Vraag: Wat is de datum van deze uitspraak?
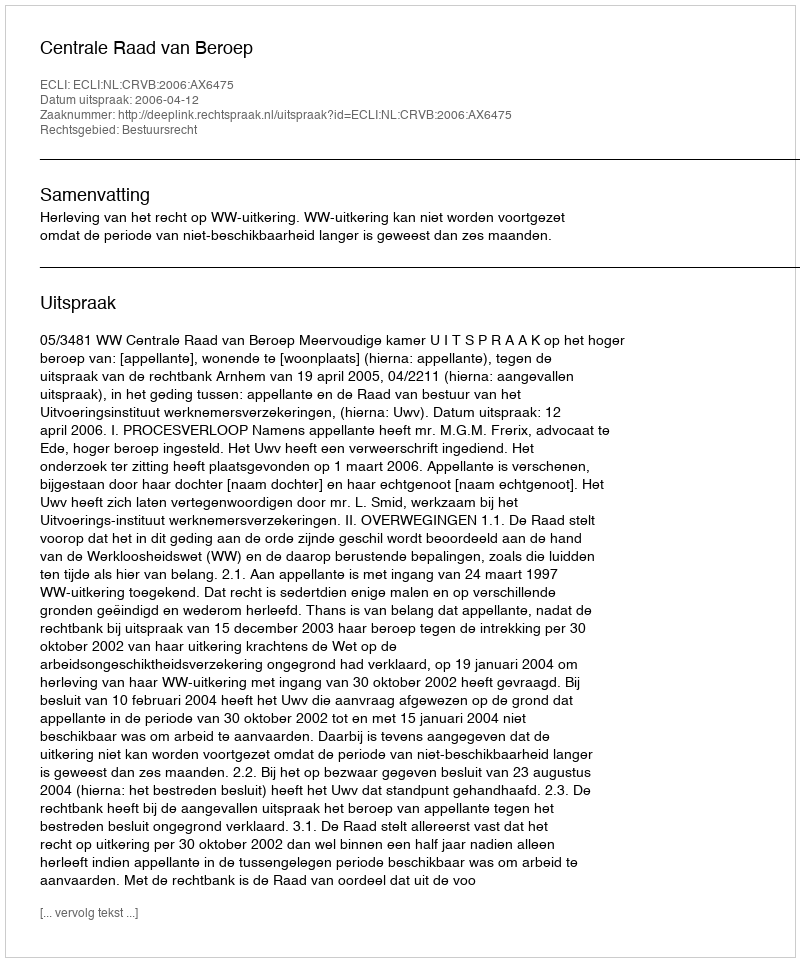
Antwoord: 2006-04-12